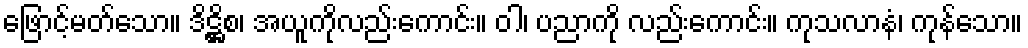
ဖြောင့်မတ်သော။ ဒိဋ္ဌိစ၊ အယူကိုလည်းကောင်း။ ဝါ၊ ပညာကို လည်းကောင်း။ ကုသလာနံ၊ ကုန်သော။